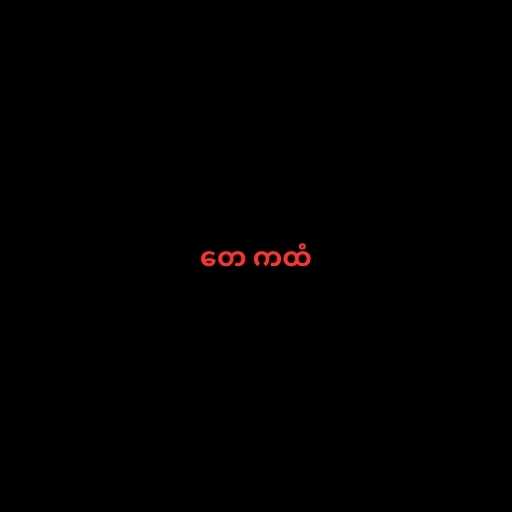
တေ ကထံ